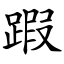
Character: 䠍